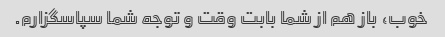
خوب، باز هم از شما بابت وقت و توجه شما سپاسگزارم.